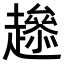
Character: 𧾋